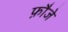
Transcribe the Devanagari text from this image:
फ़ौजे